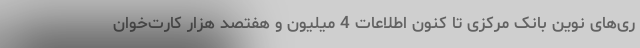
ری‌های نوین بانک مرکزی تا کنون اطلاعات 4 میلیون و هفتصد هزار کارت‌خوان